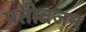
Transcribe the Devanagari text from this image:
प्रतीवजन